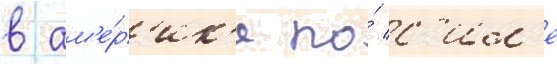
в ам'е́р'ик'е по́ с'ил'е